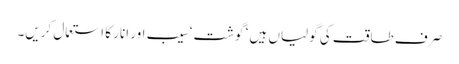
صرف طاقت کی گولیاں ہیں ‘ گوشت ‘ سیب اور انار کا استعمال کریں۔